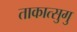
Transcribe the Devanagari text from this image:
ताकात्सुगु